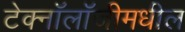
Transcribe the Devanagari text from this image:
टेक्नॉलॉजीमधील